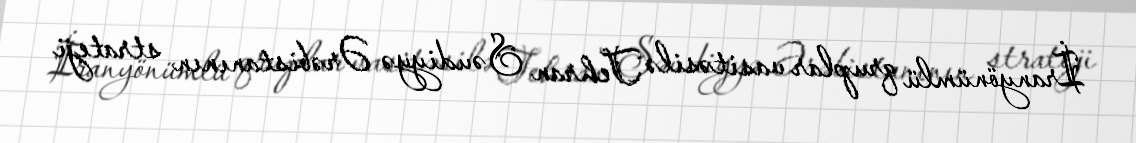
İranyönümlü qruplar vasitəsilə Tehran Səudiyyə Ərəbistanının strateji